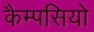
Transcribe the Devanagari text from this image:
कैम्पसियो